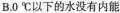
B.0℃以下的水没有内能